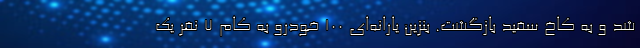
شد و به کاخ سفید بازگشت. بنزین یارانه‌ای ۱۰۰ خودرو به کام ۷ نفر یک